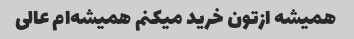
همیشه ازتون خرید میکنم همیشه‌ام عالی